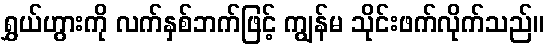
ရွှယ်ဟွားကို လက်နှစ်ဘက်ဖြင့် ကျွန်မ သိုင်းဖက်လိုက်သည်။